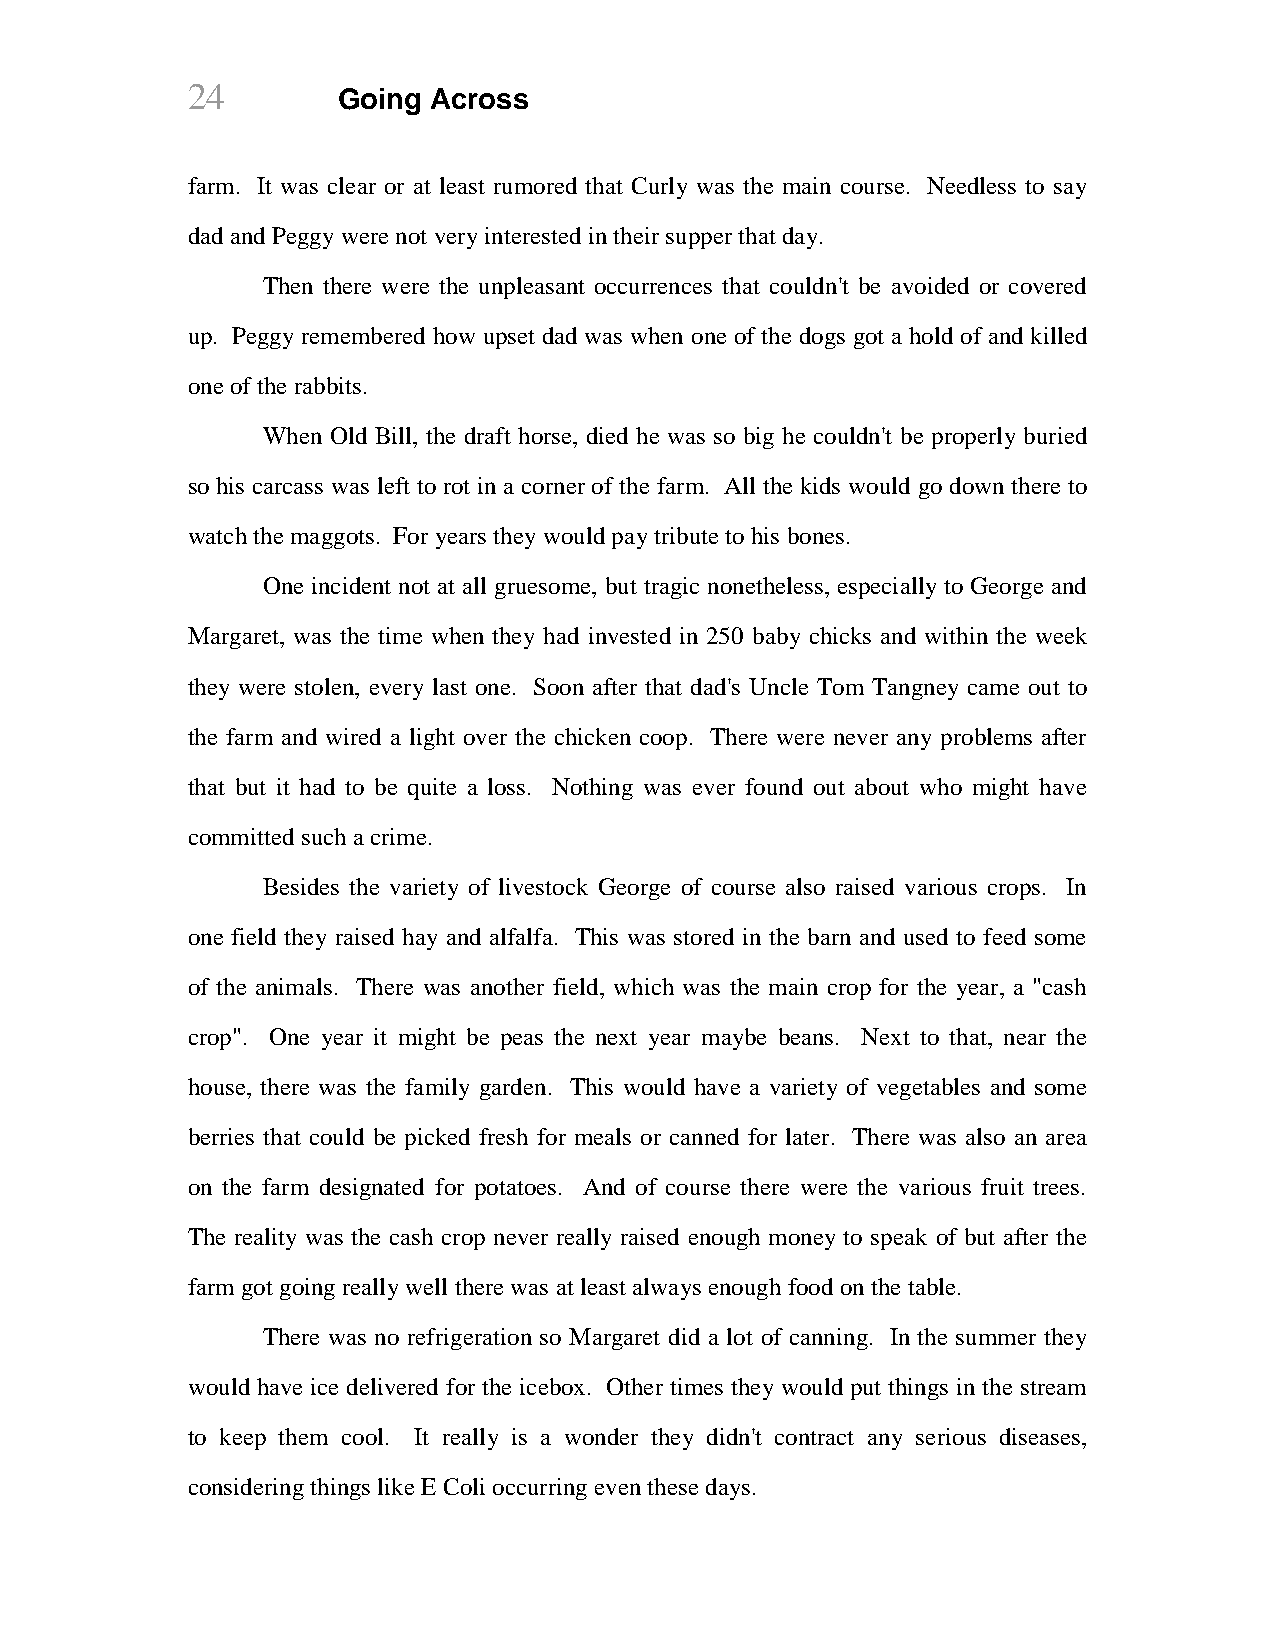
24        Going Across
 farm. It was clear or at least rumored that Curly was the main course. Needless to say
 dad and Peggy were not very interested in their supper that day.
 Then there were the unpleasant occurrences that couldn't be avoided or covered
 up. Peggy remembered how upset dad was when one of the dogs got a hold of and killed
 one of the rabbits.
 When Old Bill, the draft horse, died he was so big he couldn't be properly buried
 so his carcass was left to rot in a corner of the farm. All the kids would go down there to
 watch the maggots. For years they would pay tribute to his bones.
 One incident not at all gruesome, but tragic nonetheless, especially to George and
 Margaret, was the time when they had invested in 250 baby chicks and within the week
 they were stolen, every last one. Soon after that dad's Uncle Tom Tangney came out to
 the farm and wired a light over the chicken coop. There were never any problems after
 that but it had to be quite a loss. Nothing was ever found out about who might have
 committed such a crime.
 Besides the variety of livestock George of course also raised various crops. In
 one field they raised hay and alfalfa. This was stored in the barn and used to feed some
 of the animals. There was another field, which was the main crop for the year, a "cash
 crop". One year it might be peas the next year maybe beans. Next to that, near the
 house, there was the family garden. This would have a variety of vegetables and some
 berries that could be picked fresh for meals or canned for later. There was also an area
 on the farm designated for potatoes. And of course there were the various fruit trees.
 The reality was the cash crop never really raised enough money to speak of but after the
 farm got going really well there was at least always enough food on the table.
 There was no refrigeration so Margaret did a lot of canning. In the summer they
 would have ice delivered for the icebox. Other times they would put things in the stream
 to keep them cool. It really is a wonder they didn't contract any serious diseases,
 considering things like E Coli occurring even these days.